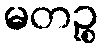
မတဉ္စ